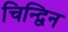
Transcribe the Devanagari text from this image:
चिन्द्विन